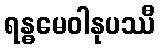
ရန္ဓမေဝါနုပဿီ